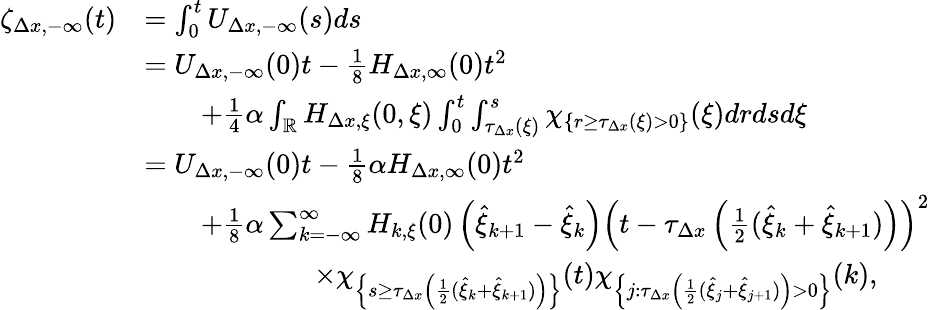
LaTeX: \begin{array}{rl}{\zeta_{\Delta x,-\infty}(t)}&{=\int_{0}^{t}U_{\Delta x,-\infty}(s)ds}\\ &{=U_{\Delta x,-\infty}(0)t-\frac{1}{8}H_{\Delta x,\infty}(0)t^{2}}\\ &{\qquad+\frac{1}{4}\alpha\int_{\mathbb{R}}H_{\Delta x,\xi}(0,\xi)\int_{0}^{t}\int_{\tau_{\Delta x}(\xi)}^{s}\chi_{\{ r\geq\tau_{\Delta x}(\xi)>0\} }(\xi)drdsd\xi}\\ &{=U_{\Delta x,-\infty}(0)t-\frac{1}{8}\alpha H_{\Delta x,\infty}(0)t^{2}}\\ &{\qquad+\frac{1}{8}\alpha\sum_{k=-\infty}^{\infty}H_{k,\xi}(0)\left(\hat{\xi}_{k+1}-\hat{\xi}_{k}\right)\left(t-\tau_{{\Delta x}}\left(\frac 12(\hat{\xi}_{k}+\hat{\xi}_{k+1})\right)\right)^{2}}\\ &{\qquad\qquad\qquad\times\chi_{\left\{ s\geq\tau_{\Delta x}\left(\frac 12(\hat{\xi}_{k}+\hat{\xi}_{k+1})\right)\right\} }(t)\chi_{\left\{ j:\tau_{\Delta x}\left(\frac 12(\hat{\xi}_{j}+\hat{\xi}_{j+1})\right)>0\right\} }(k),}\end{array}